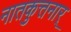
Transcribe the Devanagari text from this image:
नातकुत्तनार्